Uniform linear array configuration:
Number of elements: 4
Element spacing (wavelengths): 0.5
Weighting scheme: hann
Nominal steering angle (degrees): -30
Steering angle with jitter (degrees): -30.016
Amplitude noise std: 0.05
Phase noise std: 0.05

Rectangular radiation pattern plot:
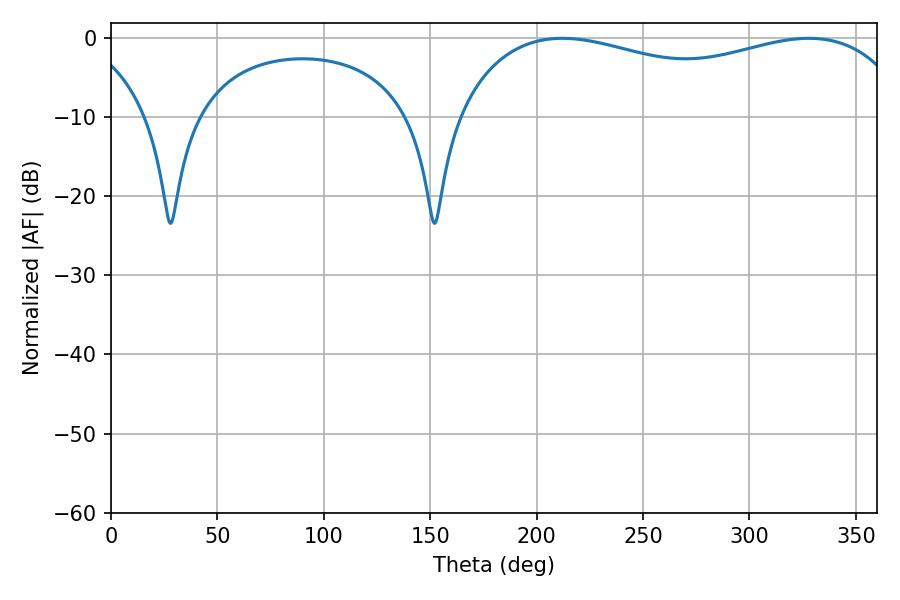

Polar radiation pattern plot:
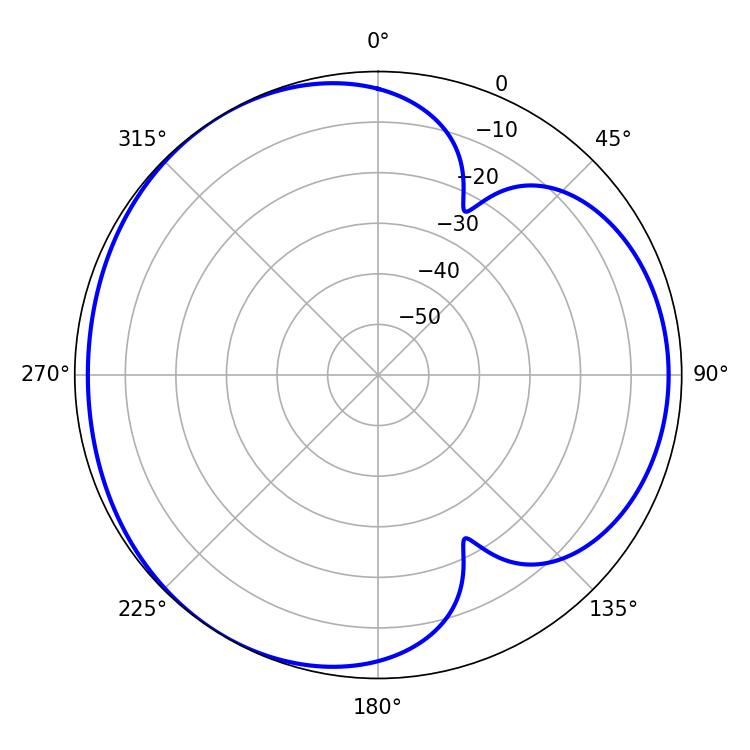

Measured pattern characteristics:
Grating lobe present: FALSE
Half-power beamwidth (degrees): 176.4
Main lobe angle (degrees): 212.04